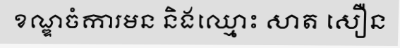
ខណ្ឌចំការមន និងឈ្មោះ សាត សឿន